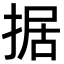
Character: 据